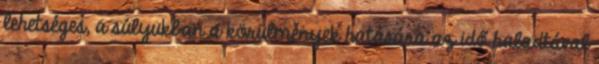
lehetséges, a súlyukban a körülmények hatására az idő haladtával